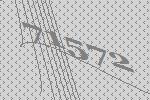
71572